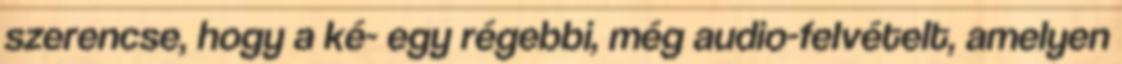
szerencse, hogy a ké- egy régebbi, még audio-felvételt, amelyen